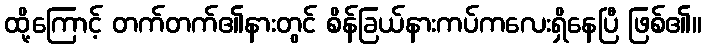
ထို့ကြောင့် တက်တက်၏နားတွင် စိန်ခြယ်နားကပ်ကလေးရှိနေပြီ ဖြစ်၏။